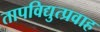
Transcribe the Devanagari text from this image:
तापविद्युत्प्रवाह